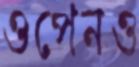
ওপেনও